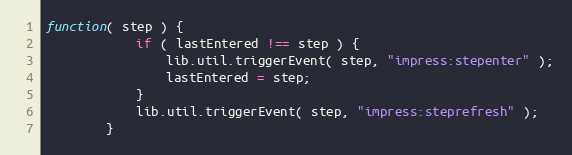
Language: JavaScript
function( step ) {
            if ( lastEntered !== step ) {
                lib.util.triggerEvent( step, "impress:stepenter" );
                lastEntered = step;
            }
            lib.util.triggerEvent( step, "impress:steprefresh" );
        }